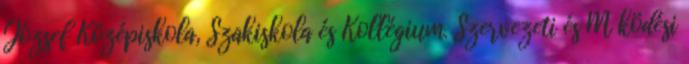
József Középiskola, Szakiskola és Kollégium. Szervezeti és M ködési